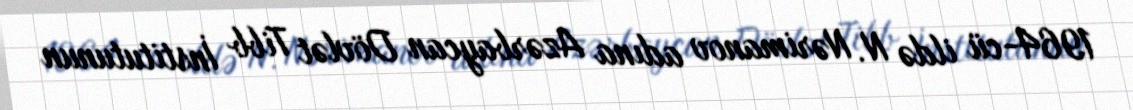
1964-cü ildə N. Nərimanov adına Azərbaycan Dövlət Tibb İnstitutunun